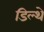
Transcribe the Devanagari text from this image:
डिल्थे